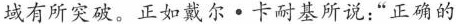
域有所突破。正如戴尔·卡耐基所说:“正确的